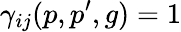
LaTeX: \gamma_{ij}(p,p^{\prime},g)=1